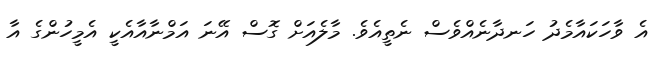
އެ ވާހަކައާމެދު ހަނދާނެއްވެސް ނެތީއެވެ. މާލެއަށް ގޮސް އޭނަ އަމްނާއާއެކީ އެމީހުންގެ އާ